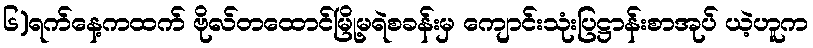
၆)ရက်နေ့ကထက် ဗိုလ်တထောင်မြို့မရဲစခန်းမှ ကျောင်းသုံးပြဋ္ဌာန်းစာအုပ် ယဲ့ဟူက